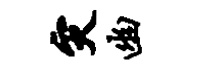
灾幽